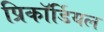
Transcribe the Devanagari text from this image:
प्रिकॉर्डियल